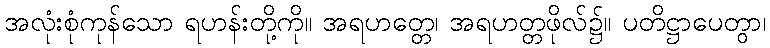
အလုံးစုံကုန်သော ရဟန်းတို့ကို။ အရဟတ္တေ၊ အရဟတ္တဖိုလ်၌။ ပတိဋ္ဌာပေတွာ၊